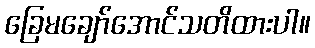
ခြေမချော်အောင်သတိထားပါ။